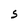
Character: S